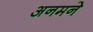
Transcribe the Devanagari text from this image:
अनमने